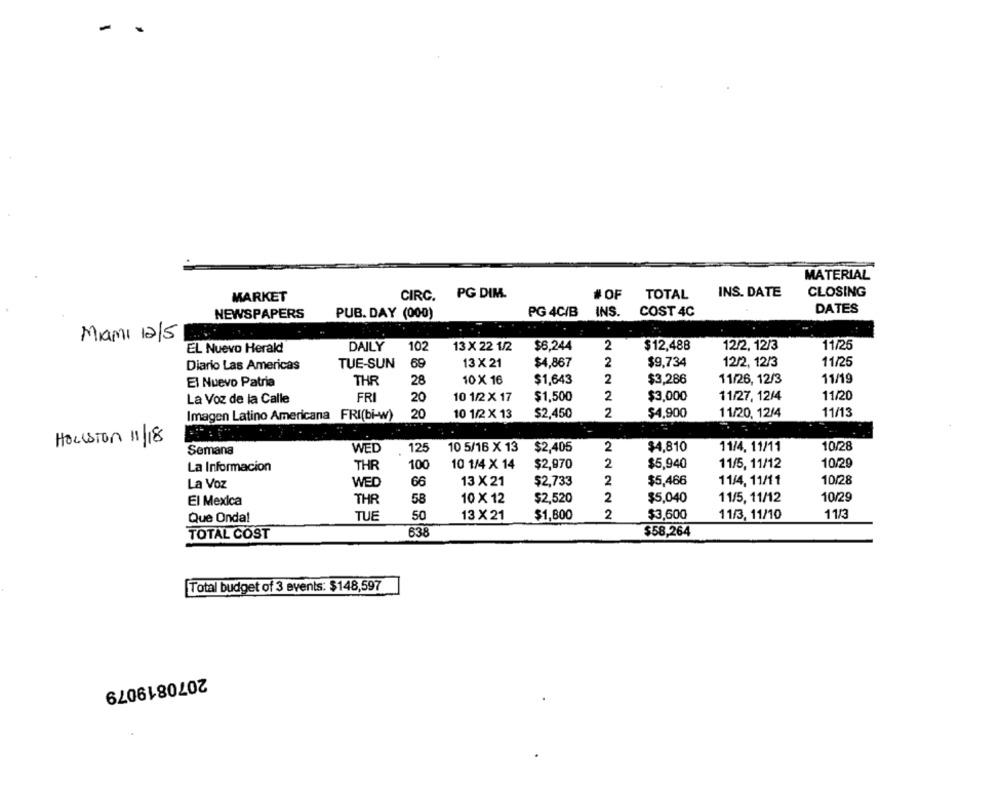
-
.
MATERIAL
INS. DATE
CLOSING
MARKET
CIRC.
PG DIM.
# OF
TOTAL
NEWSPAPERS
PUB. DAY (000)
PG 4C/B
INS.
COST 4C
DATES
Miami 12/5
EL Nuevo Herald
DAILY
102
13 X 22 1/2
$6,244
2
$12,488
12/2, 12/3
11/26
TUE-SUN
69
13 X 21
$4,867
2
$9,734
12/2, 12/3
11/25
Diario Las Americas
THR
28
10 X 16
$1,643
2
$3,286
11/26, 12/3
11/19
El Nuevo Patria
FRI
11/20
La Voz de la Calle
20
10 1/2 X 17
$1,500
2
$3,000
11/27, 12/4
Imagen Latino Americana FRI(bi-w)
20
10 1/2 X 13
$2,450
2
$4,900
11/20, 12/4
11/13
HoLISTon 11/18
Semana
WED
125
10 5/16 X 13
$2,405
2
$4,810
11/4, 11/11
10/28
La Informacion
THR
100
10 1/4 X 14
$2,970
2
$5,940
11/5, 11/12
10/29
WED
66
13 X 21
$2,733
2
$5,466
11/4, 11/11
10/28
La Voz
2
$5,040
11/5, 11/12
10/29
El Mexica
THR
58
10 X 12
$2,520
2
$3,600
11/3, 11/10
11/3
Que Onda!
TUE
50
13 X 21
$1,800
TOTAL COST
638
$58,264
Total budget of 3 events: $148,597
2070819079